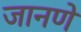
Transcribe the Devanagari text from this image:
जानणे